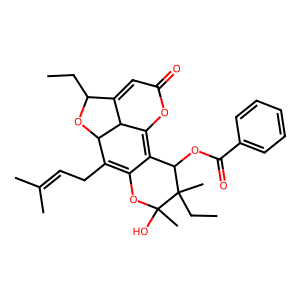
SMILES: CCC1OC2C(CC=C(C)C)=C3OC(C)(O)C(C)(CC)C(OC(=O)c4ccccc4)C3=C3OC(=O)C=C1C32
Inhibits HIV replication: No